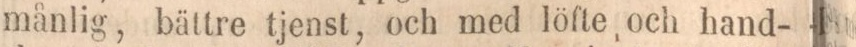
månlig, bättre tjenst, och med löfte och hand-